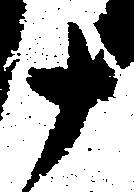
十